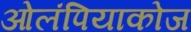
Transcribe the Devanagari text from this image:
ओलंपियाकोज